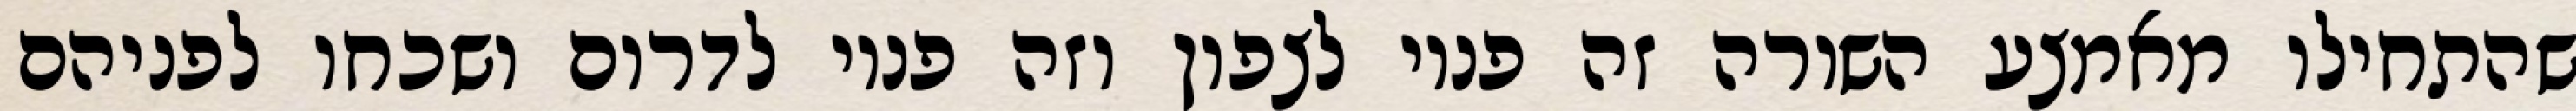
שהתחילו מאמצע השורה זה פניו לצפון וזה פניו לדרום ושכחו לפניהם